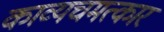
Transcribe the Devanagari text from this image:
काव्यचमत्कार